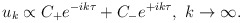
\begin{align*}u_k \propto C_{\rm +} e^{- i k \tau} + C_{\rm -} e^{+ i k \tau},\ k \rightarrow \infty.\end{align*}